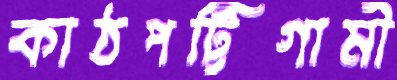
কাঠপট্টিগামী